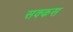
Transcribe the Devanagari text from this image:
सक्कस